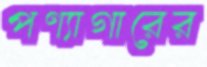
পণ্যাগারের